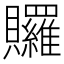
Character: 𧹐